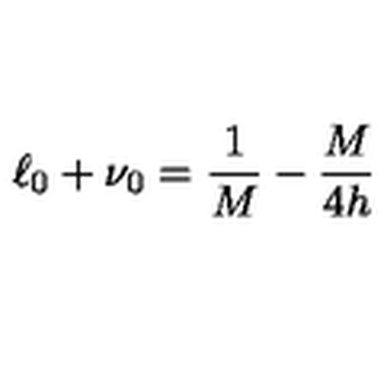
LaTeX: \ell _ { 0 } + \nu _ { 0 } = \frac { 1 } { M } - \frac { M } { 4 h }